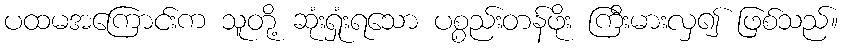
ပထမအကြောင်းက သူတို့ ဆုံးရှုံးရသော ပစ္စည်းတန်ဖိုး ကြီးမားလှ၍ ဖြစ်သည်။